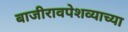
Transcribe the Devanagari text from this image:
बाजीरावपेशव्याच्या